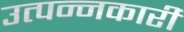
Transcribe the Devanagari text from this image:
उत्पन्नकारी